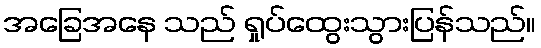
အခြေအနေ သည် ရှုပ်ထွေးသွားပြန်သည်။